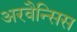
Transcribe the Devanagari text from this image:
अरवैन्सिस